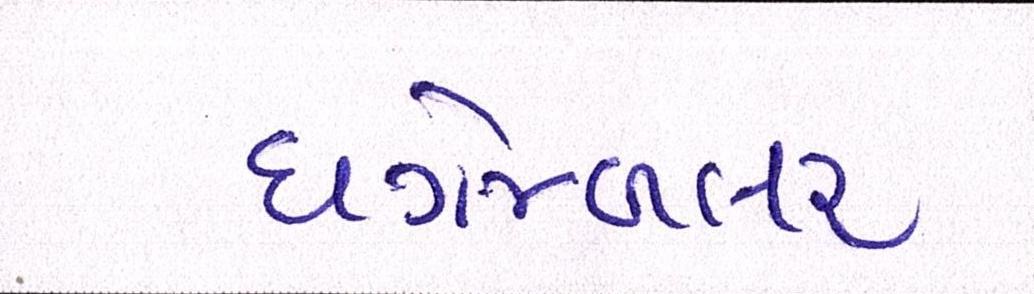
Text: ધગેમ્બલર